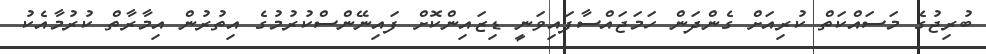
ބުރިޖުގެ މަސައްކަތް ކުރިއަށް ގެންދަން ހަމަޖައްސާފައިވަނީ ޑިޒައިންކޮށް ފައިނޭންސްކުރުމުގެ އިތުރުން އިމާރާތް ކުރުމާއެކު